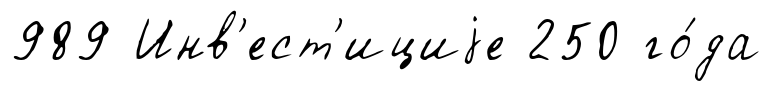
989 Инв'ест'ициjе 250 го́да